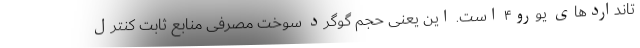
تانداردهای یورو۴ است. این یعنی حجم گوگرد سوخت‌ مصرفی منابع ثابت کنترل